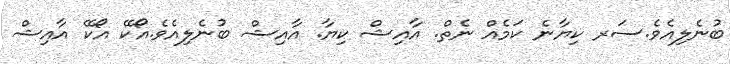
ބުނެލިއެވެ.ސަރ ކިޔާނެ ކަމެއް ނެތް. އާއިޝް ކިޔާ. އާއިޝް ބުނެލިއެވެ.އޯކޭ އޯކޭ އާއިޝް